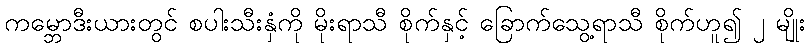
ကမ္ဘောဒီးယားတွင် စပါးသီးနှံကို မိုးရာသီ စိုက်နှင့် ခြောက်သွေ့ရာသီ စိုက်ဟူ၍ ၂ မျိုး